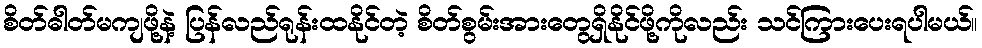
စိတ်ဓါတ်မကျဖို့နဲ့ ပြန်လည်ရုန်းထနိုင်တဲ့ စိတ်စွမ်းအားတွေရှိနိုင်ဖို့ကိုလည်း သင်ကြားပေးရပါမယ်။